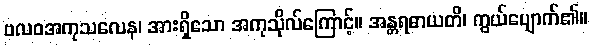
ဗလဝအကုသလေန၊ အားရှိသော အကုသိုလ်ကြောင့်။ အန္တရဓာယတိ၊ ကွယ်ပျောက်၏။